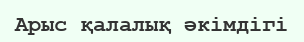
Арыс қалалық әкімдігі